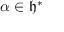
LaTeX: \alpha \in { \mathfrak { h } } ^ { * }